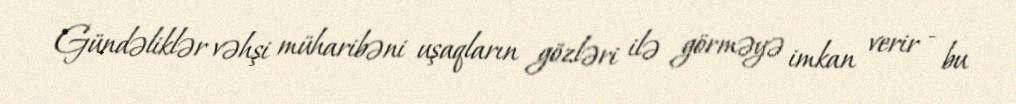
Gündəliklər vəhşi müharibəni uşaqların gözləri ilə görməyə imkan verir - bu